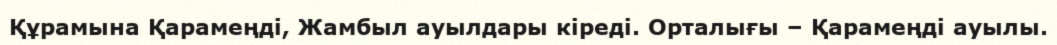
Құрамына Қарамеңді, Жамбыл ауылдары кіреді. Орталығы – Қарамеңді ауылы.